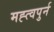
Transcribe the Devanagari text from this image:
मह्त्वपुर्न